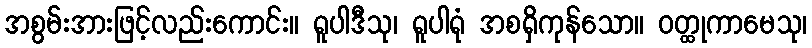
အစွမ်းအားဖြင့်လည်းကောင်း။ ရူပါဒီသု၊ ရူပါရုံ အစရှိကုန်သော။ ဝတ္ထုကာမေသု၊